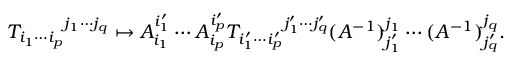
{ T _ { i _ { 1 } \cdots i _ { p } } } ^ { j _ { 1 } \cdots j _ { q } } \mapsto A _ { i _ { 1 } } ^ { i _ { 1 } ^ { \prime } } \cdots A _ { i _ { p } } ^ { i _ { p } ^ { \prime } } { T _ { i _ { 1 } ^ { \prime } \cdots i _ { p } ^ { \prime } } } ^ { j _ { 1 } ^ { \prime } \cdots j _ { q } ^ { \prime } } ( A ^ { - 1 } ) _ { j _ { 1 } ^ { \prime } } ^ { j _ { 1 } } \cdots ( A ^ { - 1 } ) _ { j _ { q } ^ { \prime } } ^ { j _ { q } } .